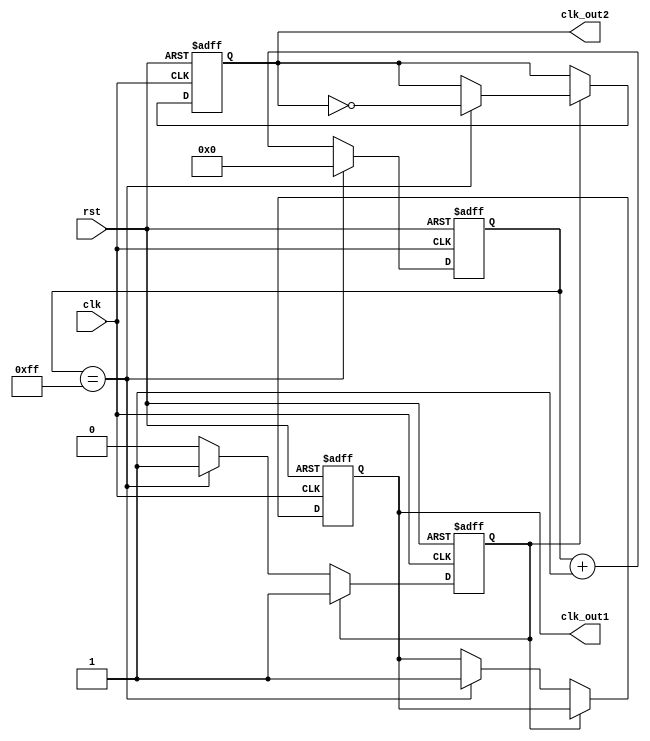
module dual_modulus_clock_divider (
    input clk,
    input rst,
    output reg clk_out1,
    output reg clk_out2
);

reg [7:0] count;
reg div_en;

always @(posedge clk or posedge rst) begin
    if (rst) begin
        count <= 8'h00;
        div_en <= 1'b0;
        clk_out1 <= 1'b0;
        clk_out2 <= 1'b0;
    end else begin
        if (div_en) begin
            if (count == 8'hFF) begin
                count <= 8'h00;
                clk_out2 <= ~clk_out2;
            end else begin
                count <= count + 1;
            end
        end else begin
            if (count == 8'hFF) begin
                count <= 8'h00;
                div_en <= 1'b1;
                clk_out1 <= 1'b1;
            end else begin
                count <= count + 1;
            end
        end
    end
end

endmodule